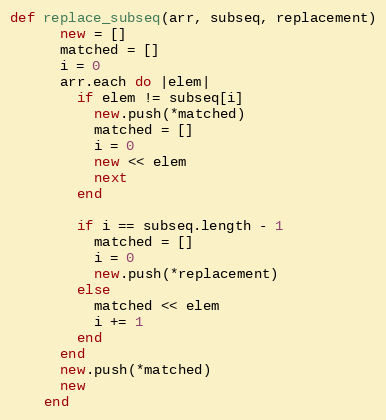
Language: Ruby
def replace_subseq(arr, subseq, replacement)
      new = []
      matched = []
      i = 0
      arr.each do |elem|
        if elem != subseq[i]
          new.push(*matched)
          matched = []
          i = 0
          new << elem
          next
        end

        if i == subseq.length - 1
          matched = []
          i = 0
          new.push(*replacement)
        else
          matched << elem
          i += 1
        end
      end
      new.push(*matched)
      new
    end